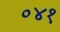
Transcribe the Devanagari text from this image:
०४१